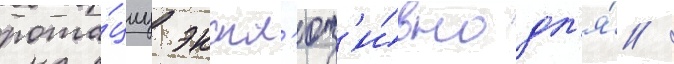
рота́циу экскл'юз'и́вно дл'я́ /